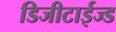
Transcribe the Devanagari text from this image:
डिजीटाईज्‍ड